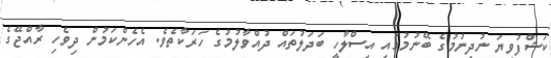
ކަޝްފުވިޔަ ނުދިނުމުގެ ބޭނުމުގައި އިސްލާހީ ބަދަލުތައް ދުއްވާލުމުގެ ހަރަކާތެވެ. އެހެންކަމުން ދިވެހި ރާއްޖޭގެ